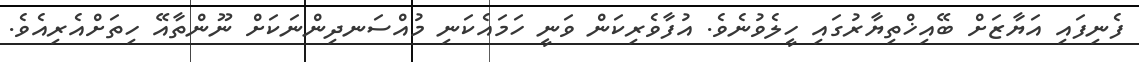
ފެނިފައި އަޔާޒަށް ބޭއިޚްތިޔާރުގައި ހީލެވުނެވެ. އުފާވެރިކަން ވަނީ ހަމައެކަނި މުއްސަނދިންނަކަށް ނޫންތާއޭ ހިތަށްއެރިއެވެ.